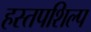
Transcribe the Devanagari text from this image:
हस्तपशिल्प